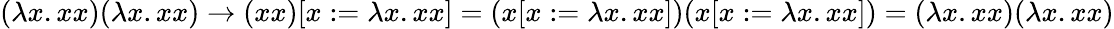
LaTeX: (\lambda x.xx)(\lambda x.xx)\to(xx)[x:=\lambda x.xx]=(x[x:=\lambda x.xx])(x[x:=\lambda x.xx])=(\lambda x.xx)(\lambda x.xx)